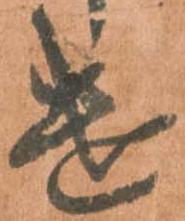
遣